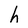
Character: h